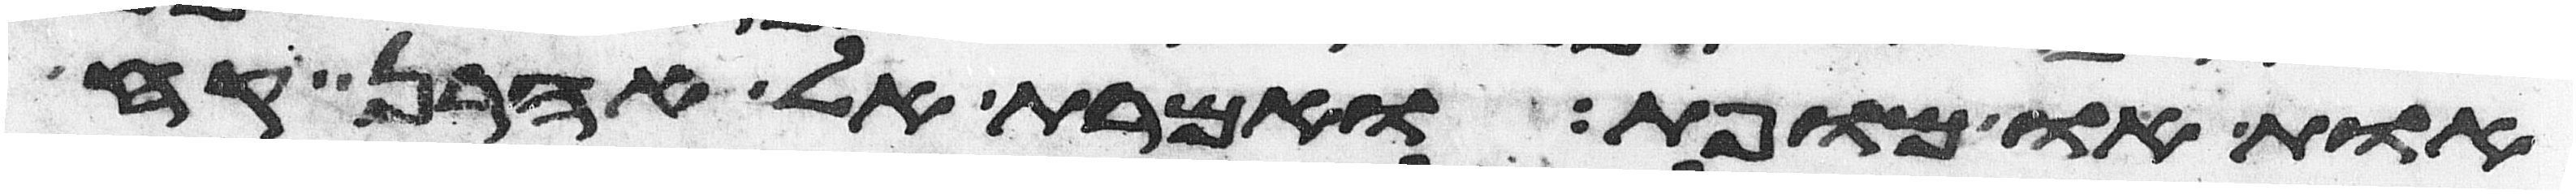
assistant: אות או מופת ואמרת אל אהרן קח